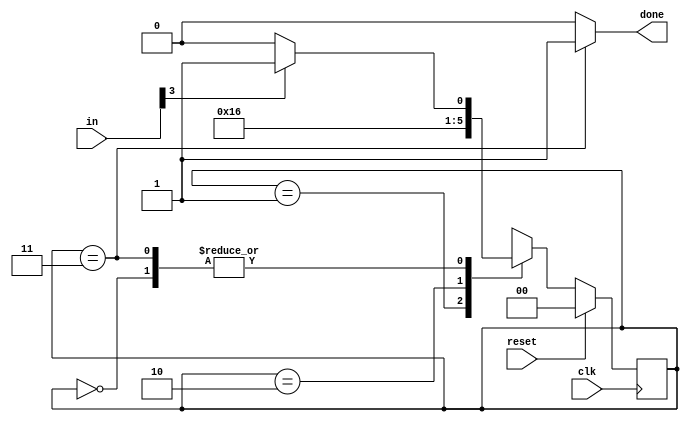
module top_module(
    input clk,
    input [7:0] in,
    input reset,    // Synchronous reset
    output done); //
	
    localparam s0 = 2'b00, s1 = 2'b01, s2 = 2'b10, s3 = 2'b11;
    reg [1:0] current_state,next_state;
    // State transition logic (combinational)
    always @(*) begin
        case(current_state)
            s0: next_state <= (in[3])?s1:s0;
            s1: next_state <= s2;
            s2: next_state <= s3;
            s3: next_state <= (in[3])?s1:s0;
        endcase
    end

    // State flip-flops (sequential)
    always @(posedge clk) begin
        if (reset) current_state <= s0;
        else current_state <= next_state;
    end
    // Output logic
    assign done = (current_state == s3)?1'b1:1'b0;

endmodule